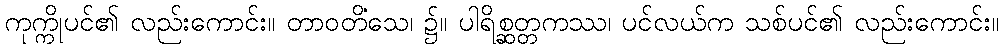
ကုက္ကိုပင်၏ လည်းကောင်း။ တာဝတိံသေ၊ ၌။ ပါရိစ္ဆတ္တကဿ၊ ပင်လယ်က သစ်ပင်၏ လည်းကောင်း။